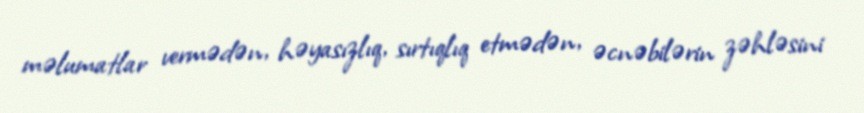
məlumatlar vermədən, həyasızlıq, sırtıqlıq etmədən, əcnəbilərin zəhləsini